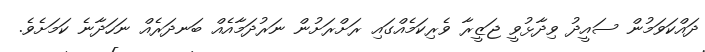
ދައްކަވަމުން ސައީދު ވިދާޅުވީ ޖަޒީރާ ވެރިކަމެއްގައި ރަށްރަށުން ނަރުދަމާއެއް ބަނދަރެއް ނަހަދާނެ ކަމަށެވެ.